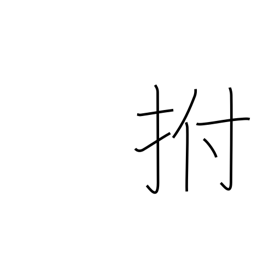
Meaning: slap